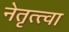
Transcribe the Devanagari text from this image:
नेतृत्त्वा